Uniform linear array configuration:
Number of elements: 16
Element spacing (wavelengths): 1
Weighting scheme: blackman
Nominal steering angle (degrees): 15
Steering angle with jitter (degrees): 16.534
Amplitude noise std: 0.05
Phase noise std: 0.05

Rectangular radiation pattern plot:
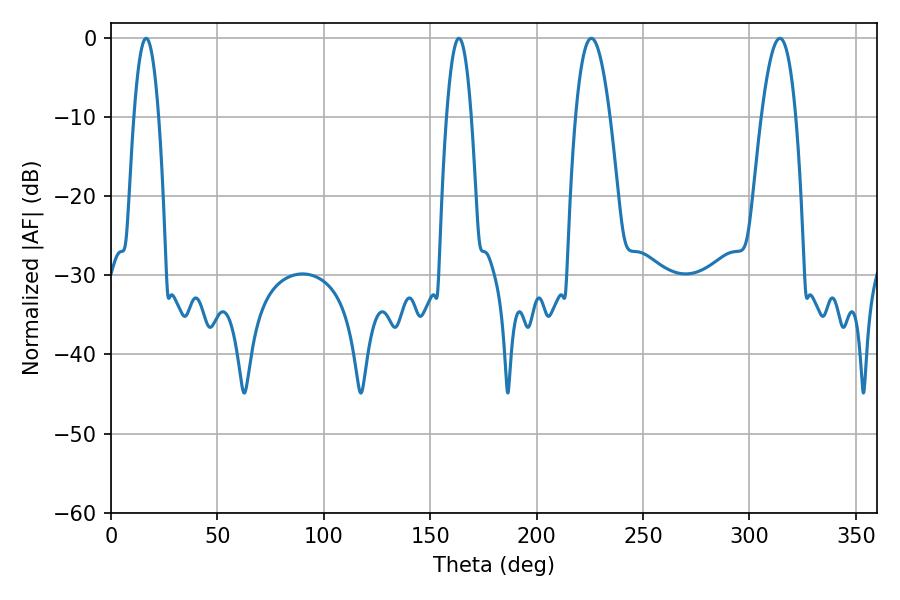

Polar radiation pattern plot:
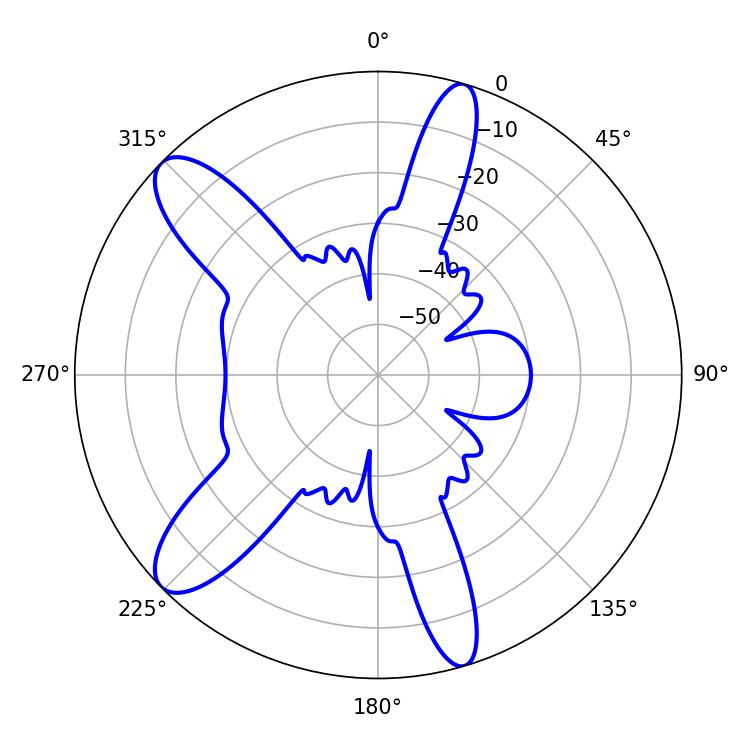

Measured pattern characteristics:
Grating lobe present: TRUE
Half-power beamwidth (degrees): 9
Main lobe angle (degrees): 225.72